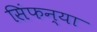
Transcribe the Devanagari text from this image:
सिंफन्या